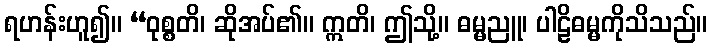
ရဟန်းဟူ၍။ “ဝုစ္စတိ၊ ဆိုအပ်၏။ ဣတိ၊ ဤသို့။ ဓမ္မညူ၊ ပါဠိဓမ္မကိုသိသည်။